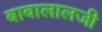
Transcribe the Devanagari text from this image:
बाबालालजी